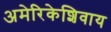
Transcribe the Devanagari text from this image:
अमेरिकेशिवाय